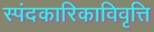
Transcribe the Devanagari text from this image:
स्पंदकारिकाविवृत्ति